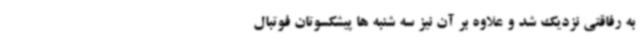
به رفاقتی نزدیک شد و علاوه بر آن نیز سه شنبه ها پیشکسوتان فوتبال